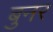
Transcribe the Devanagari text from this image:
बुनर